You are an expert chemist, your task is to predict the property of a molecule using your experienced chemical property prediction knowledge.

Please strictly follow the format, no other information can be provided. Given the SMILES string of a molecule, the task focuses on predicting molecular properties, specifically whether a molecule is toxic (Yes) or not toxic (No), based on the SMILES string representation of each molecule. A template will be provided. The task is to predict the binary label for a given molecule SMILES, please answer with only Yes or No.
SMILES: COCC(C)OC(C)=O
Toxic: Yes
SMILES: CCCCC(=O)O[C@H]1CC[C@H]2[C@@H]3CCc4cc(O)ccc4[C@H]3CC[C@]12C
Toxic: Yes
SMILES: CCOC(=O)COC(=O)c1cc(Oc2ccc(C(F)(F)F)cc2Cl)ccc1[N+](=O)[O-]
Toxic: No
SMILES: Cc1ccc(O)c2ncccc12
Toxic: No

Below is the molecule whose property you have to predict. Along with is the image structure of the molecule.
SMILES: O.O.O.O.O.O.O=[N+]([O-])[O-].O=[N+]([O-])[O-].[Mg+2]
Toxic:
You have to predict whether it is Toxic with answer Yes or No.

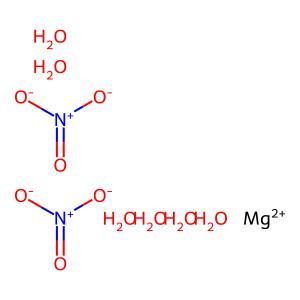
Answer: No